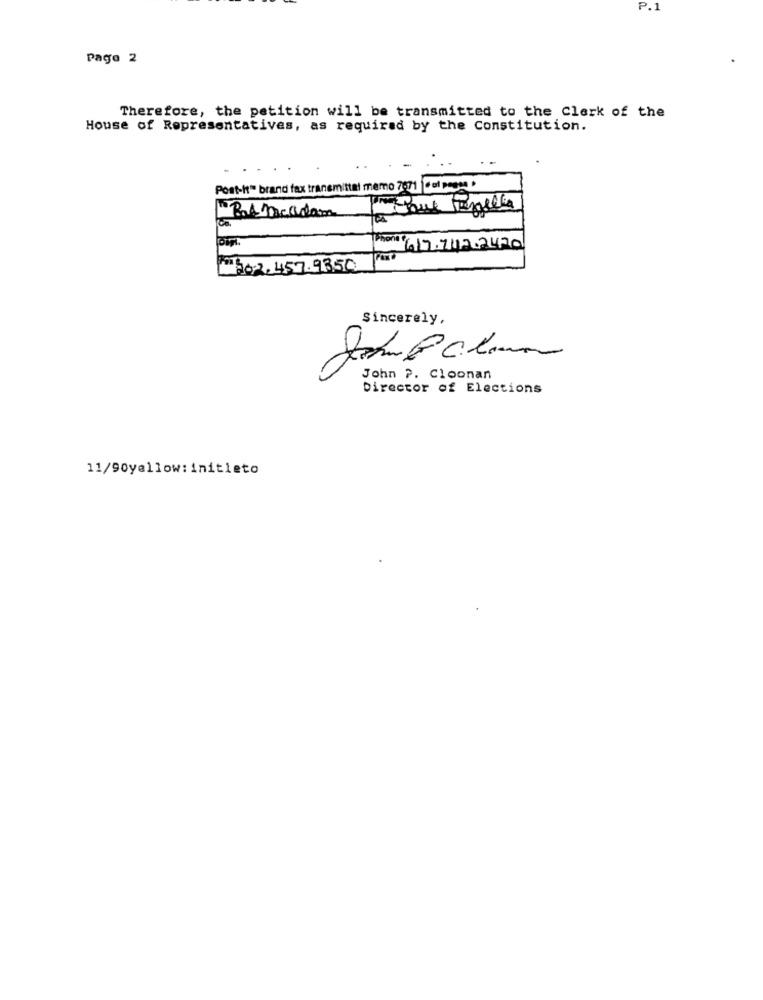
P.1
Page 2
Therefore, the petition will be transmitted to the Clerk of the
House of Representatives, as required by the Constitution.
Post-it" brand fax transmittal memo 7071 |+of pagee.
TJque Pezzella
Pat mcadam
PET 617.7112.2420
302.457.93,50
Sincerely,
John 2. Cloonan
Director of Elections
11/90yellow:initieto